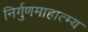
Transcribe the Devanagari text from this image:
निर्गुणमाहात्म्य